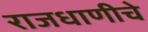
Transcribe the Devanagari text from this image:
राजधाणीचे